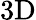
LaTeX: \mathrm{3D}